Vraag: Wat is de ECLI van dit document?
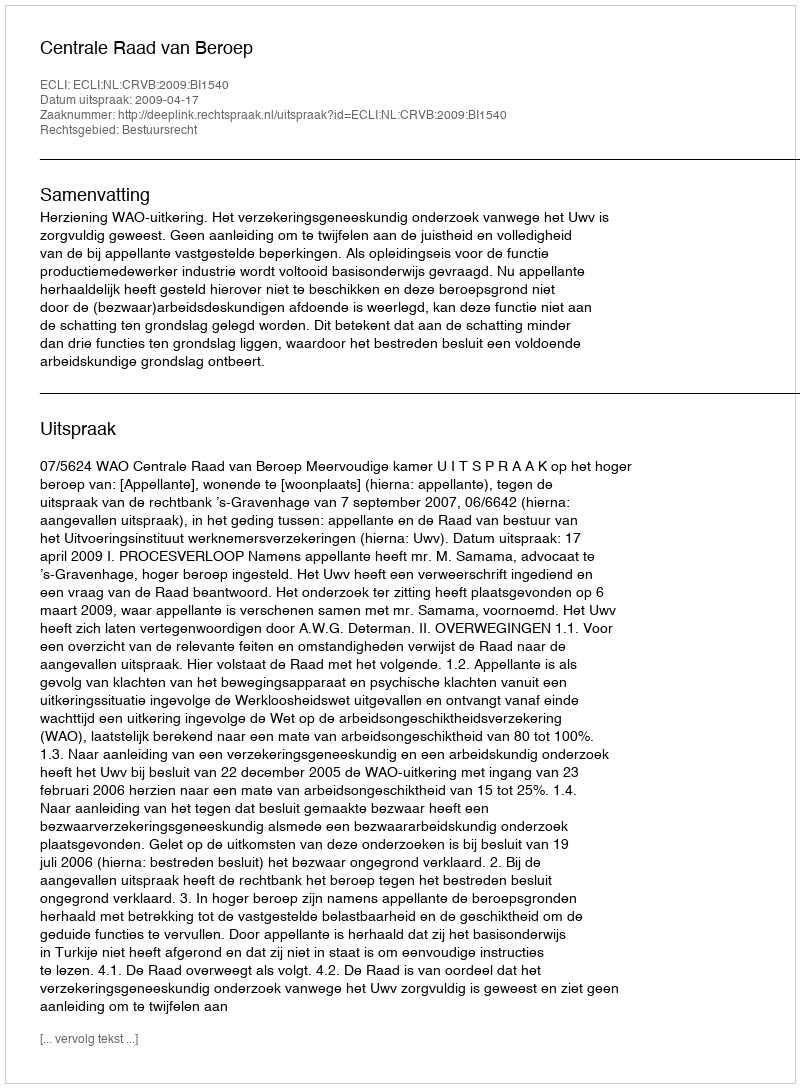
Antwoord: ECLI:NL:CRVB:2009:BI1540